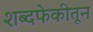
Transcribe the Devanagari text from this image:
शब्दफेकीतून